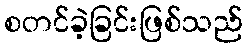
စတင်ခဲ့ခြင်းဖြစ်သည်